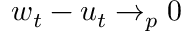
w _ { t } - u _ { t } \to _ { p } 0